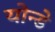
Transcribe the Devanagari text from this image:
योन्डे